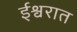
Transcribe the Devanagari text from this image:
ईश्वरात